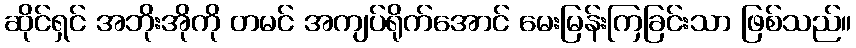
ဆိုင်ရှင် အဘိုးအိုကို တမင် အကျပ်ရိုက်အောင် မေးမြန်းကြခြင်းသာ ဖြစ်သည်။